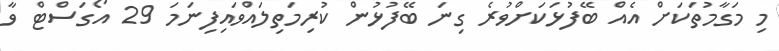
މި މަގާމުތަކަށް އެއް ބޭފުޅަކަށްވުރެ ގިނަ ބޭފުޅުން ކުރިމަތިލައްވައިފިނަމަ 29 އޯގަސްޓް ވާ